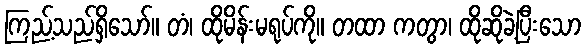
ကြည့်သည်ရှိသော်။ တံ၊ ထိုမိန်းမရုပ်ကို။ တထာ ကတွာ၊ ထိုဆိုခဲ့ပြီးသော